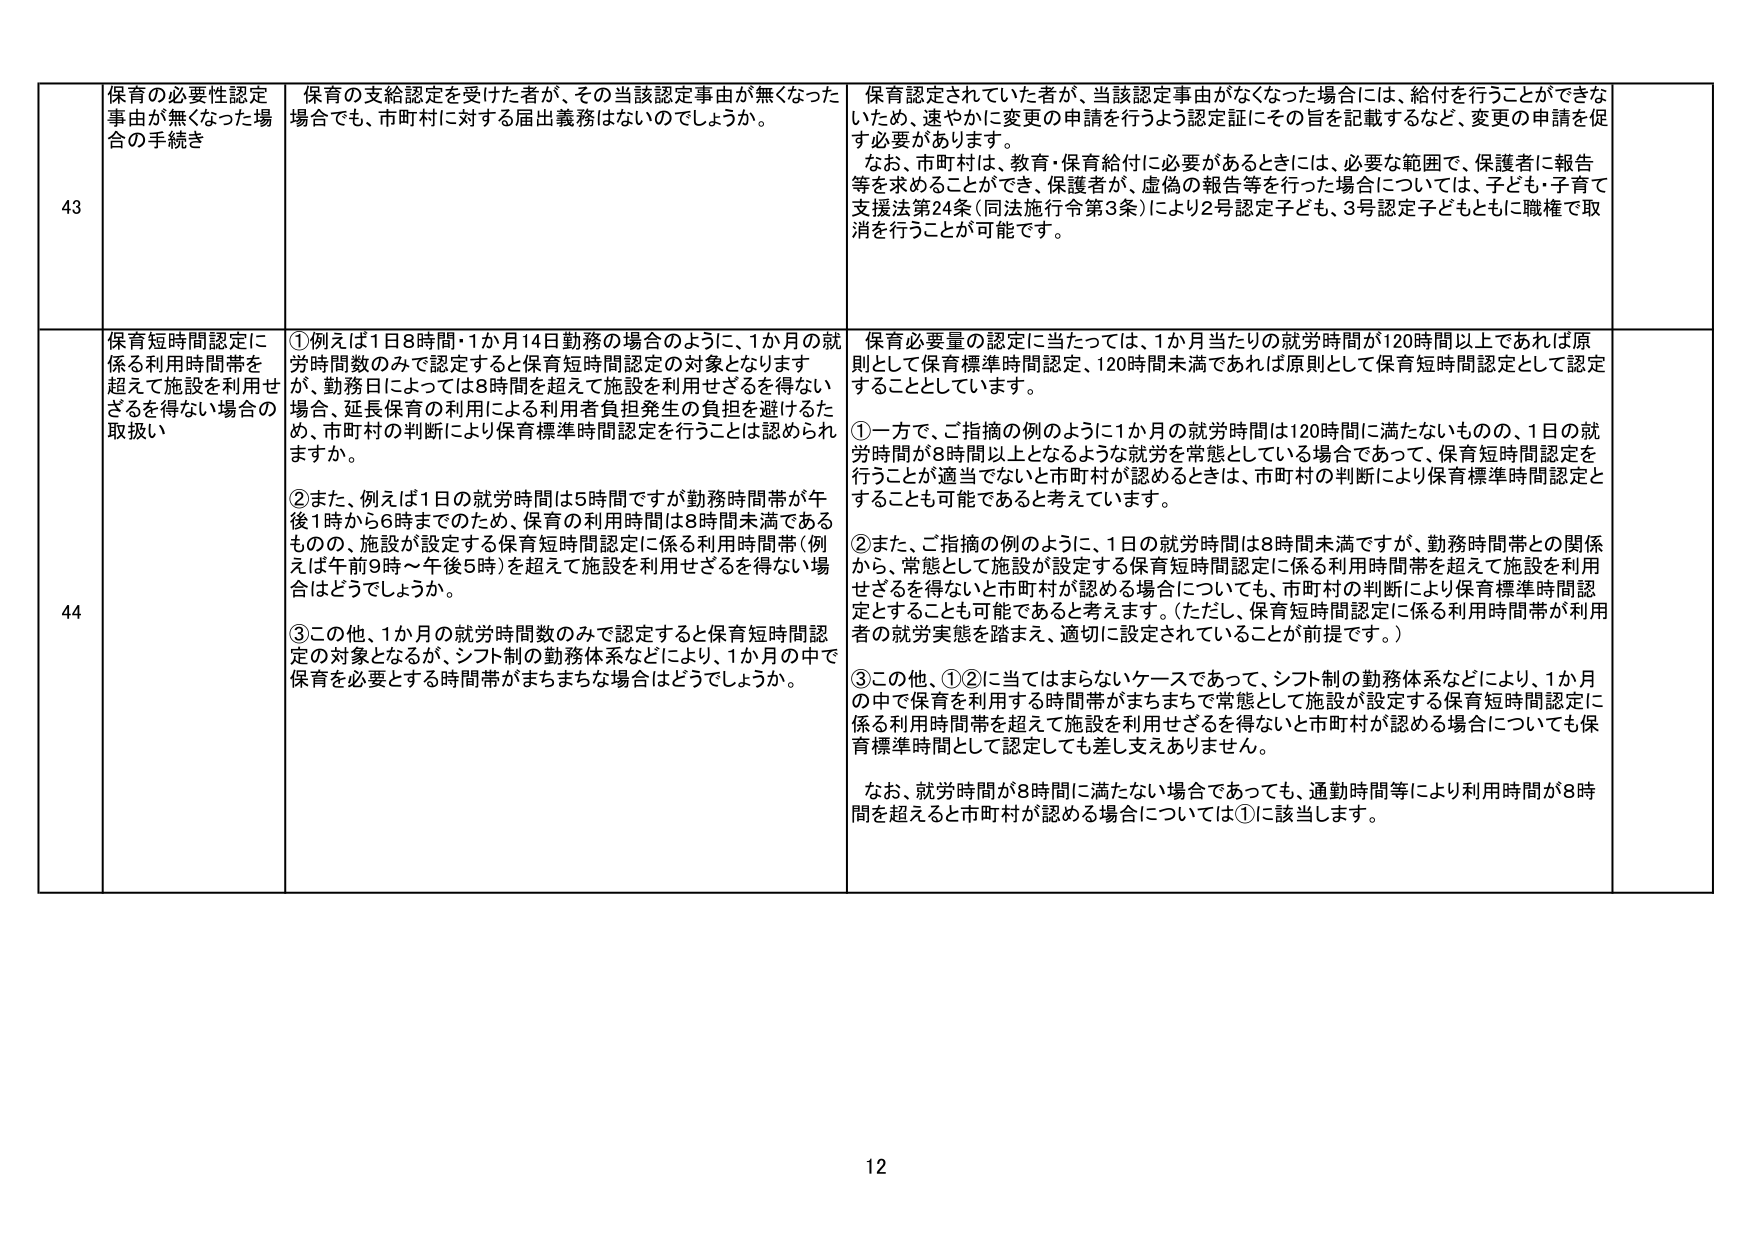
43 保育の必要性認定事由が無くなった場合の手続き 保育の支給認定を受けた者が、その当該認定事由が無くなった場合でも、市町村に対する届出義務はないのでしょうか。 保育認定されていた者が、当該認定事由がなくなった場合には、給付を行うことができないため、速やかに変更の申請を行うよう認定証にその旨を記載するなど、変更の申請を促す必要があります。 なお、市町村は、教育・保育給付に必要があるときには、必要な範囲で、保護者に報告等を求めることができ、保護者が、虚偽の報告等を行った場合には、子ども・子育て支援法第24条（同法施行令第3条）により2号認定子ども、3号認定子どもともに職権で取消を行うことが可能です。

44 保育短時間認定に係る利用時間帯を超えて施設を利用せざるを得ない場合の取扱い ①例えば1日8時間・1か月14日勤務の場合のように、1か月の就労時間数のみで認定すると保育短時間認定の対象となります が、勤務日によっては8時間を超えて施設を利用せざるを得ない場合、延長保育の利用による利用者負担発生の負担を避けるため、市町村の判断により保育標準時間認定を行うことは認められますか。 ②また、例えば1日の就労時間は5時間ですが勤務時間帯が午後1時から6時までそのため、保育の利用時間は8時間未満であるものの、施設が設定する保育短時間認定に係る利用時間帯（例えば午前9時～午後5時）を超えて施設を利用せざるを得ない場合はどうでしょうか。 ③この他、1か月の就労時間数のみで認定すると保育短時間認定の対象となるが、シフト制の勤務体系などにより、1か月の中で保育を必要とする時間帯がまちまちな場合はどうでしょうか。 保育必要量の認定に当たっては、1か月当たりの就労時間が120時間以上であれば原則として保育標準時間認定、120時間未満であれば原則として保育短時間認定として認定することとしています。 ①一方で、ご指摘の例のように1か月の就労時間は120時間に満たないものの、1日の就労時間が8時間以上となるような就労を常態としている場合であって、保育短時間認定を行うことが適当でないと市町村が認めるときは、市町村の判断により保育標準時間認定とすることも可能であると考えています。 ②また、ご指摘の例のように、1日の就労時間は8時間未満ですが、勤務時間帯との関係から、常態として施設が設定する保育短時間認定に係る利用時間帯を超えて施設を利用せざるを得ないと市町村が認める場合についても、市町村の判断により保育標準時間認定とすることも可能であると考えます。（ただし、保育短時間認定に係る利用時間帯が利用者の就労実態を踏まえ、適切に設定されていることが前提です。） ③この他、①②に当てはまらないケースであって、シフト制の勤務体系などにより、1か月の中で保育を利用する時間帯がまちまちで常態として施設が設定する保育短時間認定に係る利用時間帯を超えて施設を利用せざるを得ないと市町村が認める場合についても保育標準時間として認定しても差し支えありません。 なお、就労時間が8時間に満たない場合であっても、通勤時間等により利用時間が8時間を超えると市町村が認める場合については①に該当します。

12